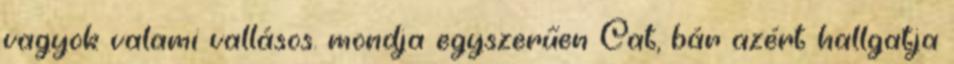
vagyok valami vallásos. mondja egyszerűen Cat, bár azért hallgatja